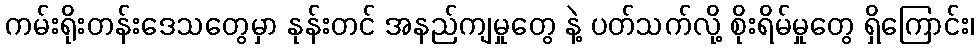
ကမ်းရိုးတန်းဒေသတွေမှာ နုန်းတင် အနည်ကျမှုတွေ နဲ့ ပတ်သက်လို့ စိုးရိမ်မှုတွေ ရှိကြောင်း၊